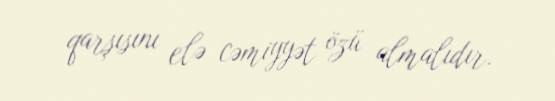
qarşısını elə cəmiyyət özü almalıdır.